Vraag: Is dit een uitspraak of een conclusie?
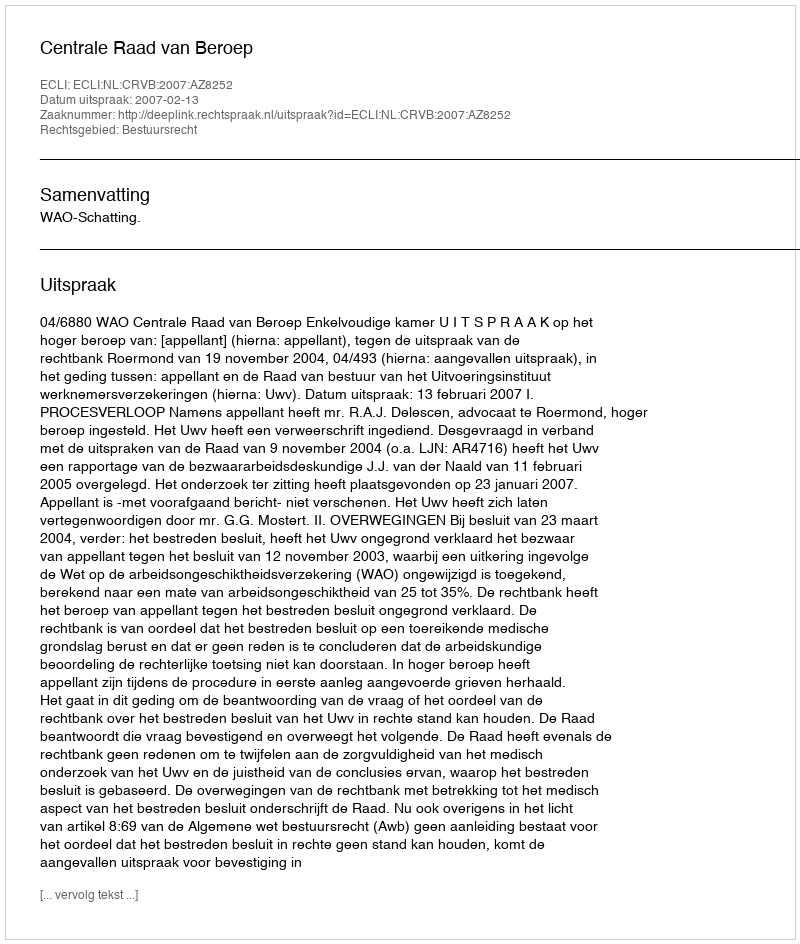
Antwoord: Uitspraak